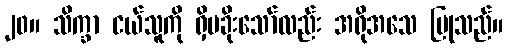
၂၀။ သိက္ခာ ငယ်သူကို ရှိမခိုးသော်လည်း အရိုအသေ ပြုသည်။